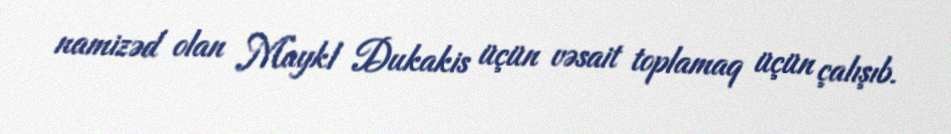
namizəd olan Maykl Dukakis üçün vəsait toplamaq üçün çalışıb.